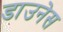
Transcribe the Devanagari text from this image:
डाउनेस